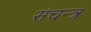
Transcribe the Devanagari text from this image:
संचन्त्र